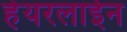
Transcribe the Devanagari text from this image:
हेयरलाईन